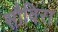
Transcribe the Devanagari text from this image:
सौविरा